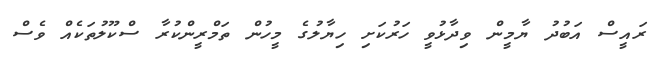
ރައީސް އަބުދު ޔާމީން ވިދާޅުވީ ހަރުކަށި ހިޔާލުގެ މީހުން ތަމްރީންކުރާ ސްކޫލުތަކެއް ވެސް